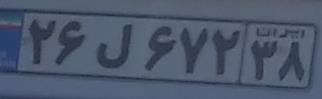
۲۶ل۶۷۲۳۸